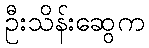
ဦးသိန်းဆွေက